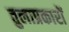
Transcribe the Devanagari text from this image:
तुलाप्रकारों